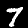
Label: 7